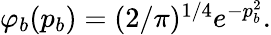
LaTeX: \begin{array}{r}{\varphi_{b}(p_{b})=(2/\pi)^{1/4}e^{-p_{b}^{2}}.}\end{array}